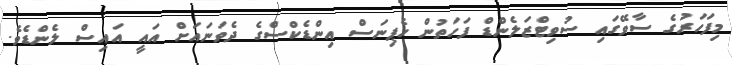
މިފަހަރުގެ ސާވޭގައި ސުވިޓްޒަލެންޑް ފަހަތުން ހެޕިނަސް އިންޑެކްސްގެ ދެވަނައަށް އައީ އައިސް ލެންޑެވެ.